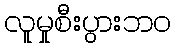
လူမှုစီးပွားဘဝ